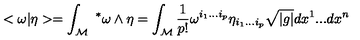
< \omega | \eta > = \int _ { \mathcal { M } } \ ^ { * } \omega \wedge \eta = \int _ { \mathcal { M } } \frac { 1 } { p ! } \omega ^ { i _ { 1 } . . . i _ { p } } \eta _ { i _ { 1 } . . . i _ { p } } \sqrt { | g | } d x ^ { 1 } . . . d x ^ { n }